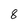
Character: 8